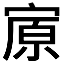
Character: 𰍏